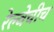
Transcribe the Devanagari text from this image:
रेल्वेचीच